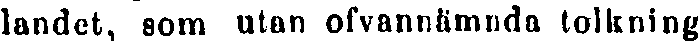
landet, som utan ofvannämnda tolkning